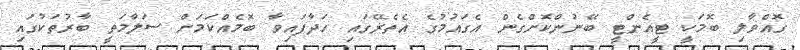
ގޮއްވާލި ބޮމަކީ ޓީއެންޓީ ބޭނުންކޮށްގެން އެގައުމުގެ އެތެރޭގައި ހަދާފައިވާ ބޮމެއްކަމަށް ސަލާމަތީ ބާރުތަކުގައި